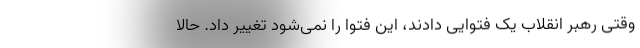
وقتی رهبر انقلاب یک فتوایی دادند، این فتوا را نمی‌شود تغییر داد. حالا